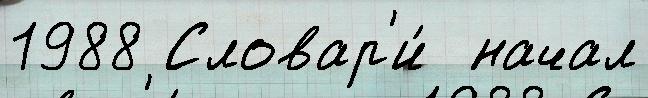
1988 Словар'и́  начал